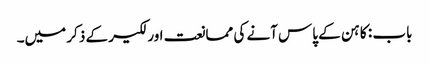
باب : کاہن کے پاس آنے کی ممانعت اور لکیر کے ذکر میں۔